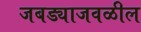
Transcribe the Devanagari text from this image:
जबड्याजवळील